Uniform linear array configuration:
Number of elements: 32
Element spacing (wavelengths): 0.25
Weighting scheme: hamming
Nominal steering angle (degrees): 15
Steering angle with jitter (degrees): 15.005
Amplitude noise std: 0.05
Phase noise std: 0.05

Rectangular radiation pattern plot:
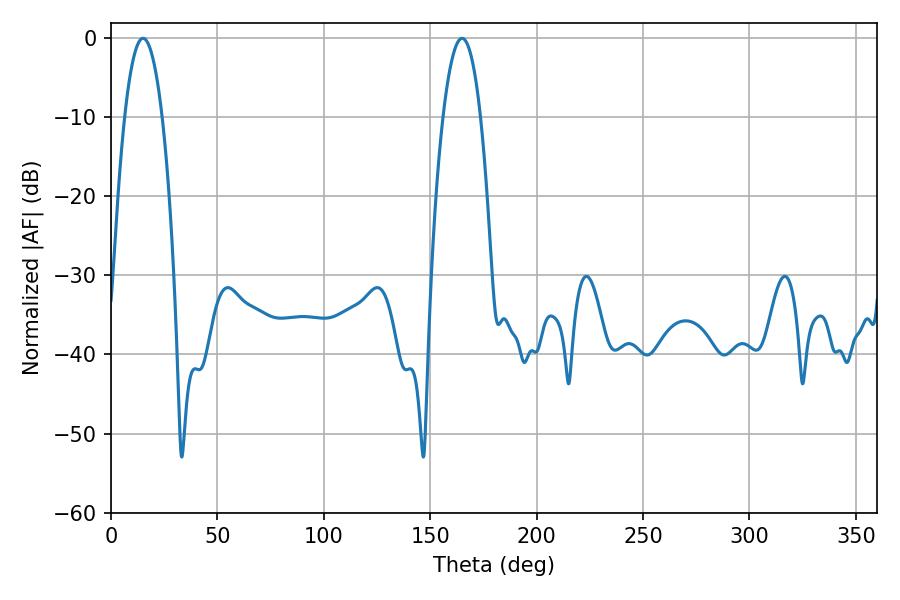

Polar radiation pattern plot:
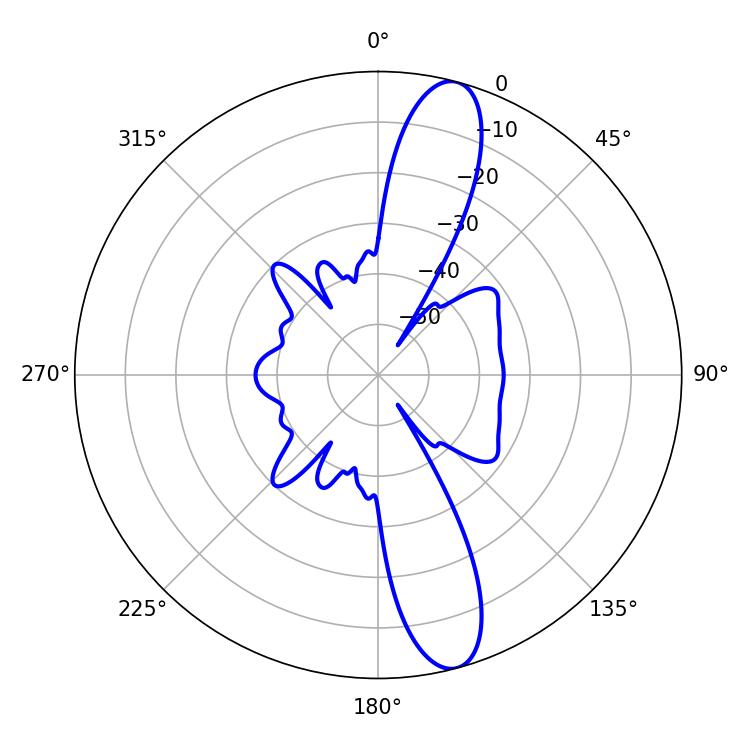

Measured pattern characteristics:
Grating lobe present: FALSE
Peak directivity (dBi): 13.229
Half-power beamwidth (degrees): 9.72
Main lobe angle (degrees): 15.12